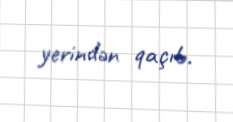
yerindən qaçıb.